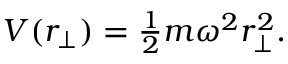
\begin{array} { r } { V ( r _ { \perp } ) = \frac { 1 } { 2 } m \omega ^ { 2 } r _ { \perp } ^ { 2 } . } \end{array}